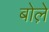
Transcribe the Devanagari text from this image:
बोले़